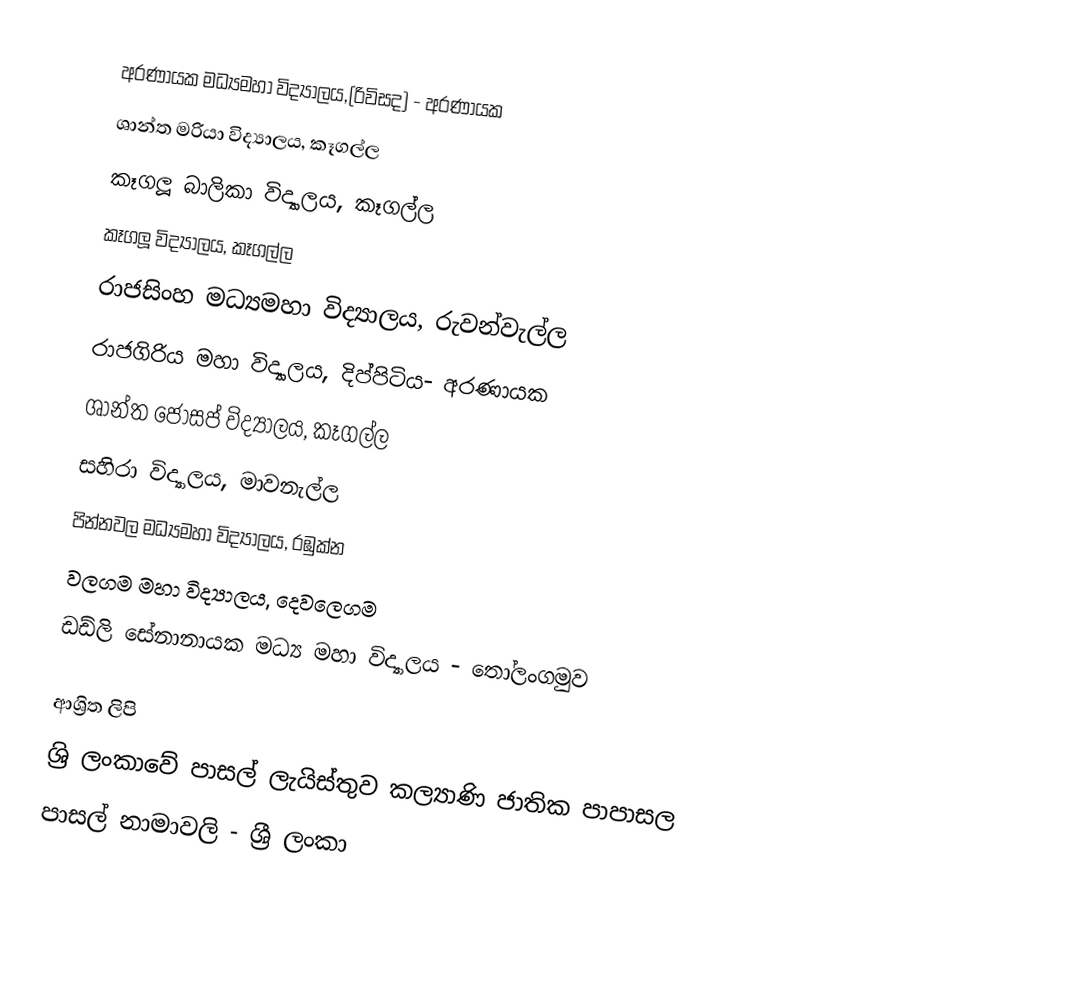
අරණායක මධ්‍යමහා විද්‍යාලය,(රිවිසද) - අරණායක
 ශාන්ත මරියා විද්‍යාලය, කෑගල්ල
 කෑගලූ බාලිකා විද්‍යාලය, කෑගල්ල
 කෑගලූ විද්‍යාලය, කෑගල්ල
 රාජසිංහ මධ්‍යමහා විද්‍යාලය, රුවන්වැල්ල
 රාජගිරිය මහා විද්‍යාලය, දිප්පිටිය- අරණායක
 ශාන්ත ජෝසප් විද්‍යාලය, කෑගල්ල
 සහිරා විද්‍යාලය, මාවනැල්ල
 පින්නවල මධ්‍යමහා විද්‍යාලය, රඹුක්න
 වලගම මහා විද්‍යාලය, දෙවලෙගම
 ඩඩ්ලි සේනානායක මධ්‍ය මහා විද්‍යාලය - තෝලංගමුව

ආශ්‍රිත ලිපි
ශ්‍රි ලංකාවේ පාසල් ලැයිස්තුව කල්‍යාණි ජාතික පාපාසල
පාසල් නාමාවලි - ශ්‍රී ලංකා